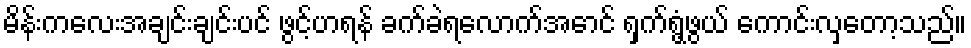
မိန်းကလေးအချင်းချင်းပင် ဖွင့်ဟရန် ခက်ခဲရလောက်အောင် ရှက်ရွံ့ဖွယ် ကောင်းလှတော့သည်။